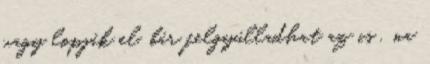
vagy lopják el, bár felgyúlladhat az is . na